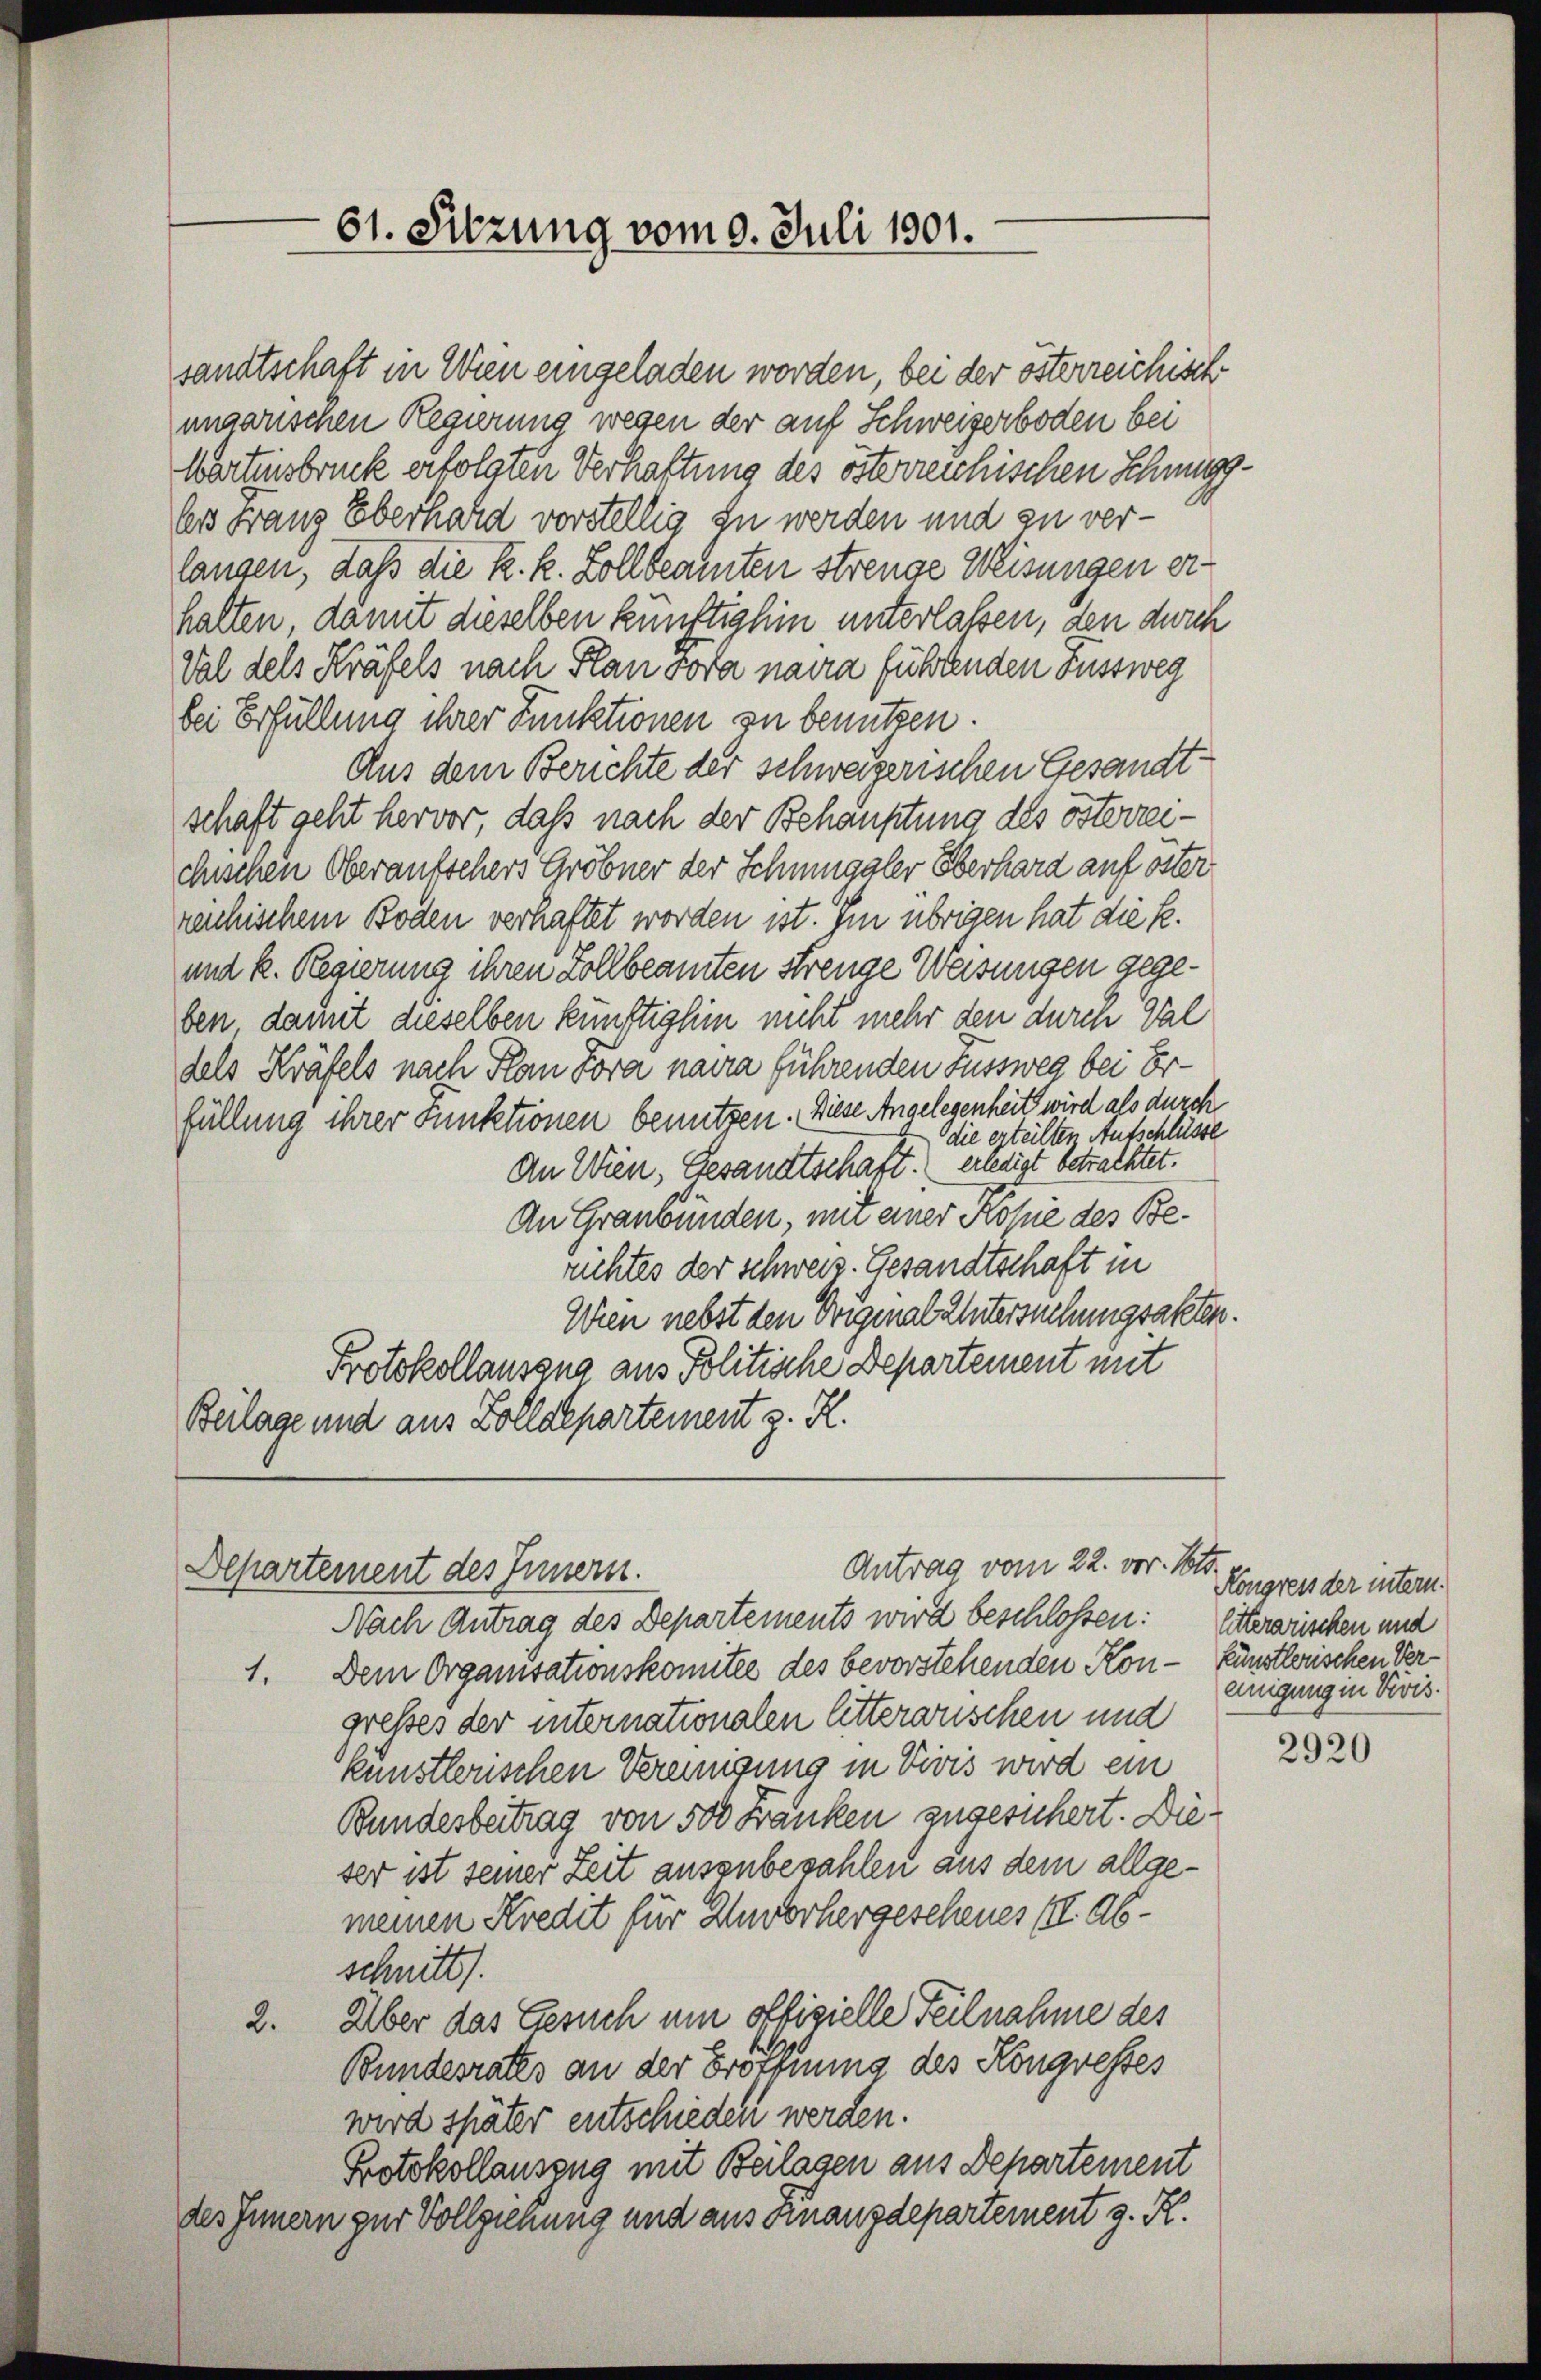
sandtschaft in Wien eingeladen worden, bei der österreichisch
ungarischen Regierung wegen der auf Schweizerboden bei
Wartensbruck erfolgten Verhaltung des österreichischen Schmuggless Franz Eberhard vorstellig zu werden und zu ver-
langen, daß die k. k. Zollbeamten strenge Weisungen erhalten, damit dieselben künftighin unterlaßen, den durch
Val des Kräfels nach Plan vora naira führtenden Fussweg
bei Erfüllung ihrer Funktionen zu benützen.
Aus dem Berichte der schweizerischen Gesandtschaft geht hervor, daß nach der Behauptung des österreichischen Oberaufschers Gröbner der Schnuggler Oberhard auf öster
renchischem Boden verhaftet worden ist. Im übrigen hat die k.
und k. Regierung ihren Zollbeamten strenge Weisungen gegeben, damit dieselben künftighin nicht mehr den durch Val
dels Kräfels nach Plan Fora navia führenden Fussweg bei Erfüllung ihrer Funktionen benutzen. Diese Angelegenheits wird als durch
die erteilten Aufschlüsse
An Wien, Gesandtschaft. erledigt betrachtet.
An Graubünden, mit einer Kohie des Berichtes der schweiz. Gesandtschaft in
Wien nebst den Original untersuchungsakten.
Protokollauszug aus Politische Departement mit
Beilage und aus Zolldepartement z. R.

Departement des Innern.

61. Sitzung vom 9. Juli 1901.

Antrag vom 22. vor. Mts.

Nach Antrag des Departements wird beschlossen: Eiterarischen und
1. Dem Organisationskomitee des bevorstehenden Kon- künstlerischen Vergresses der internationalen litterwischen und
künstlerischen Vereinigung in Vivis wird ein
Bundesbeitrag von 500 Franken zugesichert. Dieser ist seiner Zeit ausenbezahlen aus dem allgemeinen Kredit für Zuvorhergescheues II. Abschnitt.
2. Über das Gesuch um offizielle Teilnahme des
Bundesrates an der Eröffnung des Kongresses
wird später entschieden werden.
Protokollauszug mit Beilasen aus Departement
des Innern zur Vollziehung und aus Finanzdepartement z. K.

Kongress der intern.
einigung in Divis.

2920